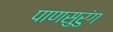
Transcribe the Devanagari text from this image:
पाणसुरुंग